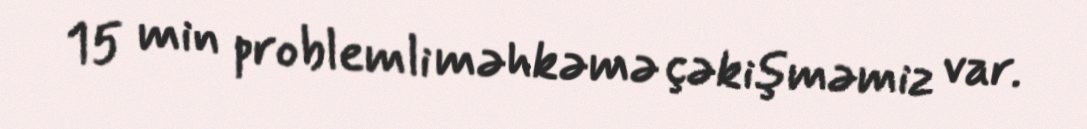
15 min problemli məhkəmə çəkişməmiz var.